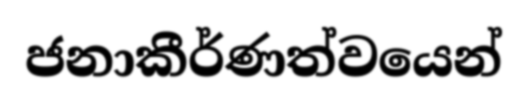
ජනාකීර්ණත්වයෙන්